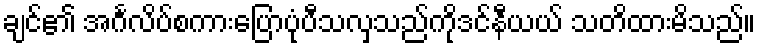
ချင်၏ အင်္ဂလိပ်စကားပြောပုံပီသလှသည်ကိုဒင်နီယယ် သတိထားမိသည်။